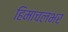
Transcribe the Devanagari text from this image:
हिमाचलभर